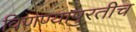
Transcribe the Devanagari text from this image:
विणण्यापुरतीच